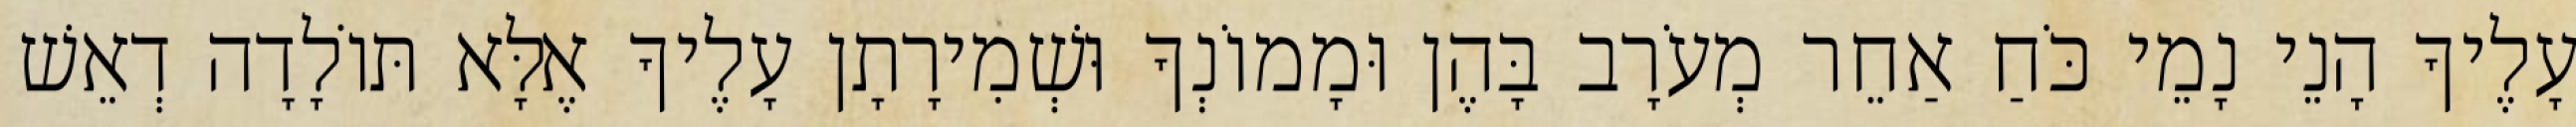
עָלֶיךָ הָנֵי נָמֵי כֹּחַ אַחֵר מְעֹרָב בָּהֶן וּמָמוֹנְךָ וּשְׁמִירָתָן עָלֶיךָ אֶלָּא תּוֹלָדָה דְאֵשׁ